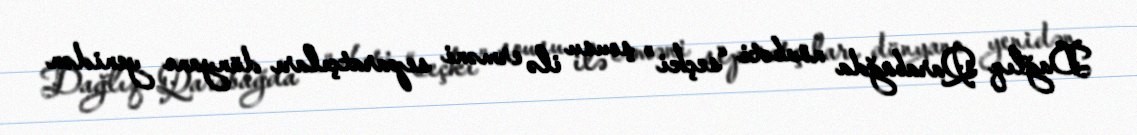
Dağlıq Qarabağda növbəti “seçki” şousu ilə erməni separatçıları dünyanı yenidən